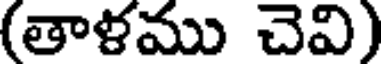
(తాళము చెవి)